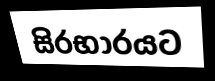
සිරභාරයට